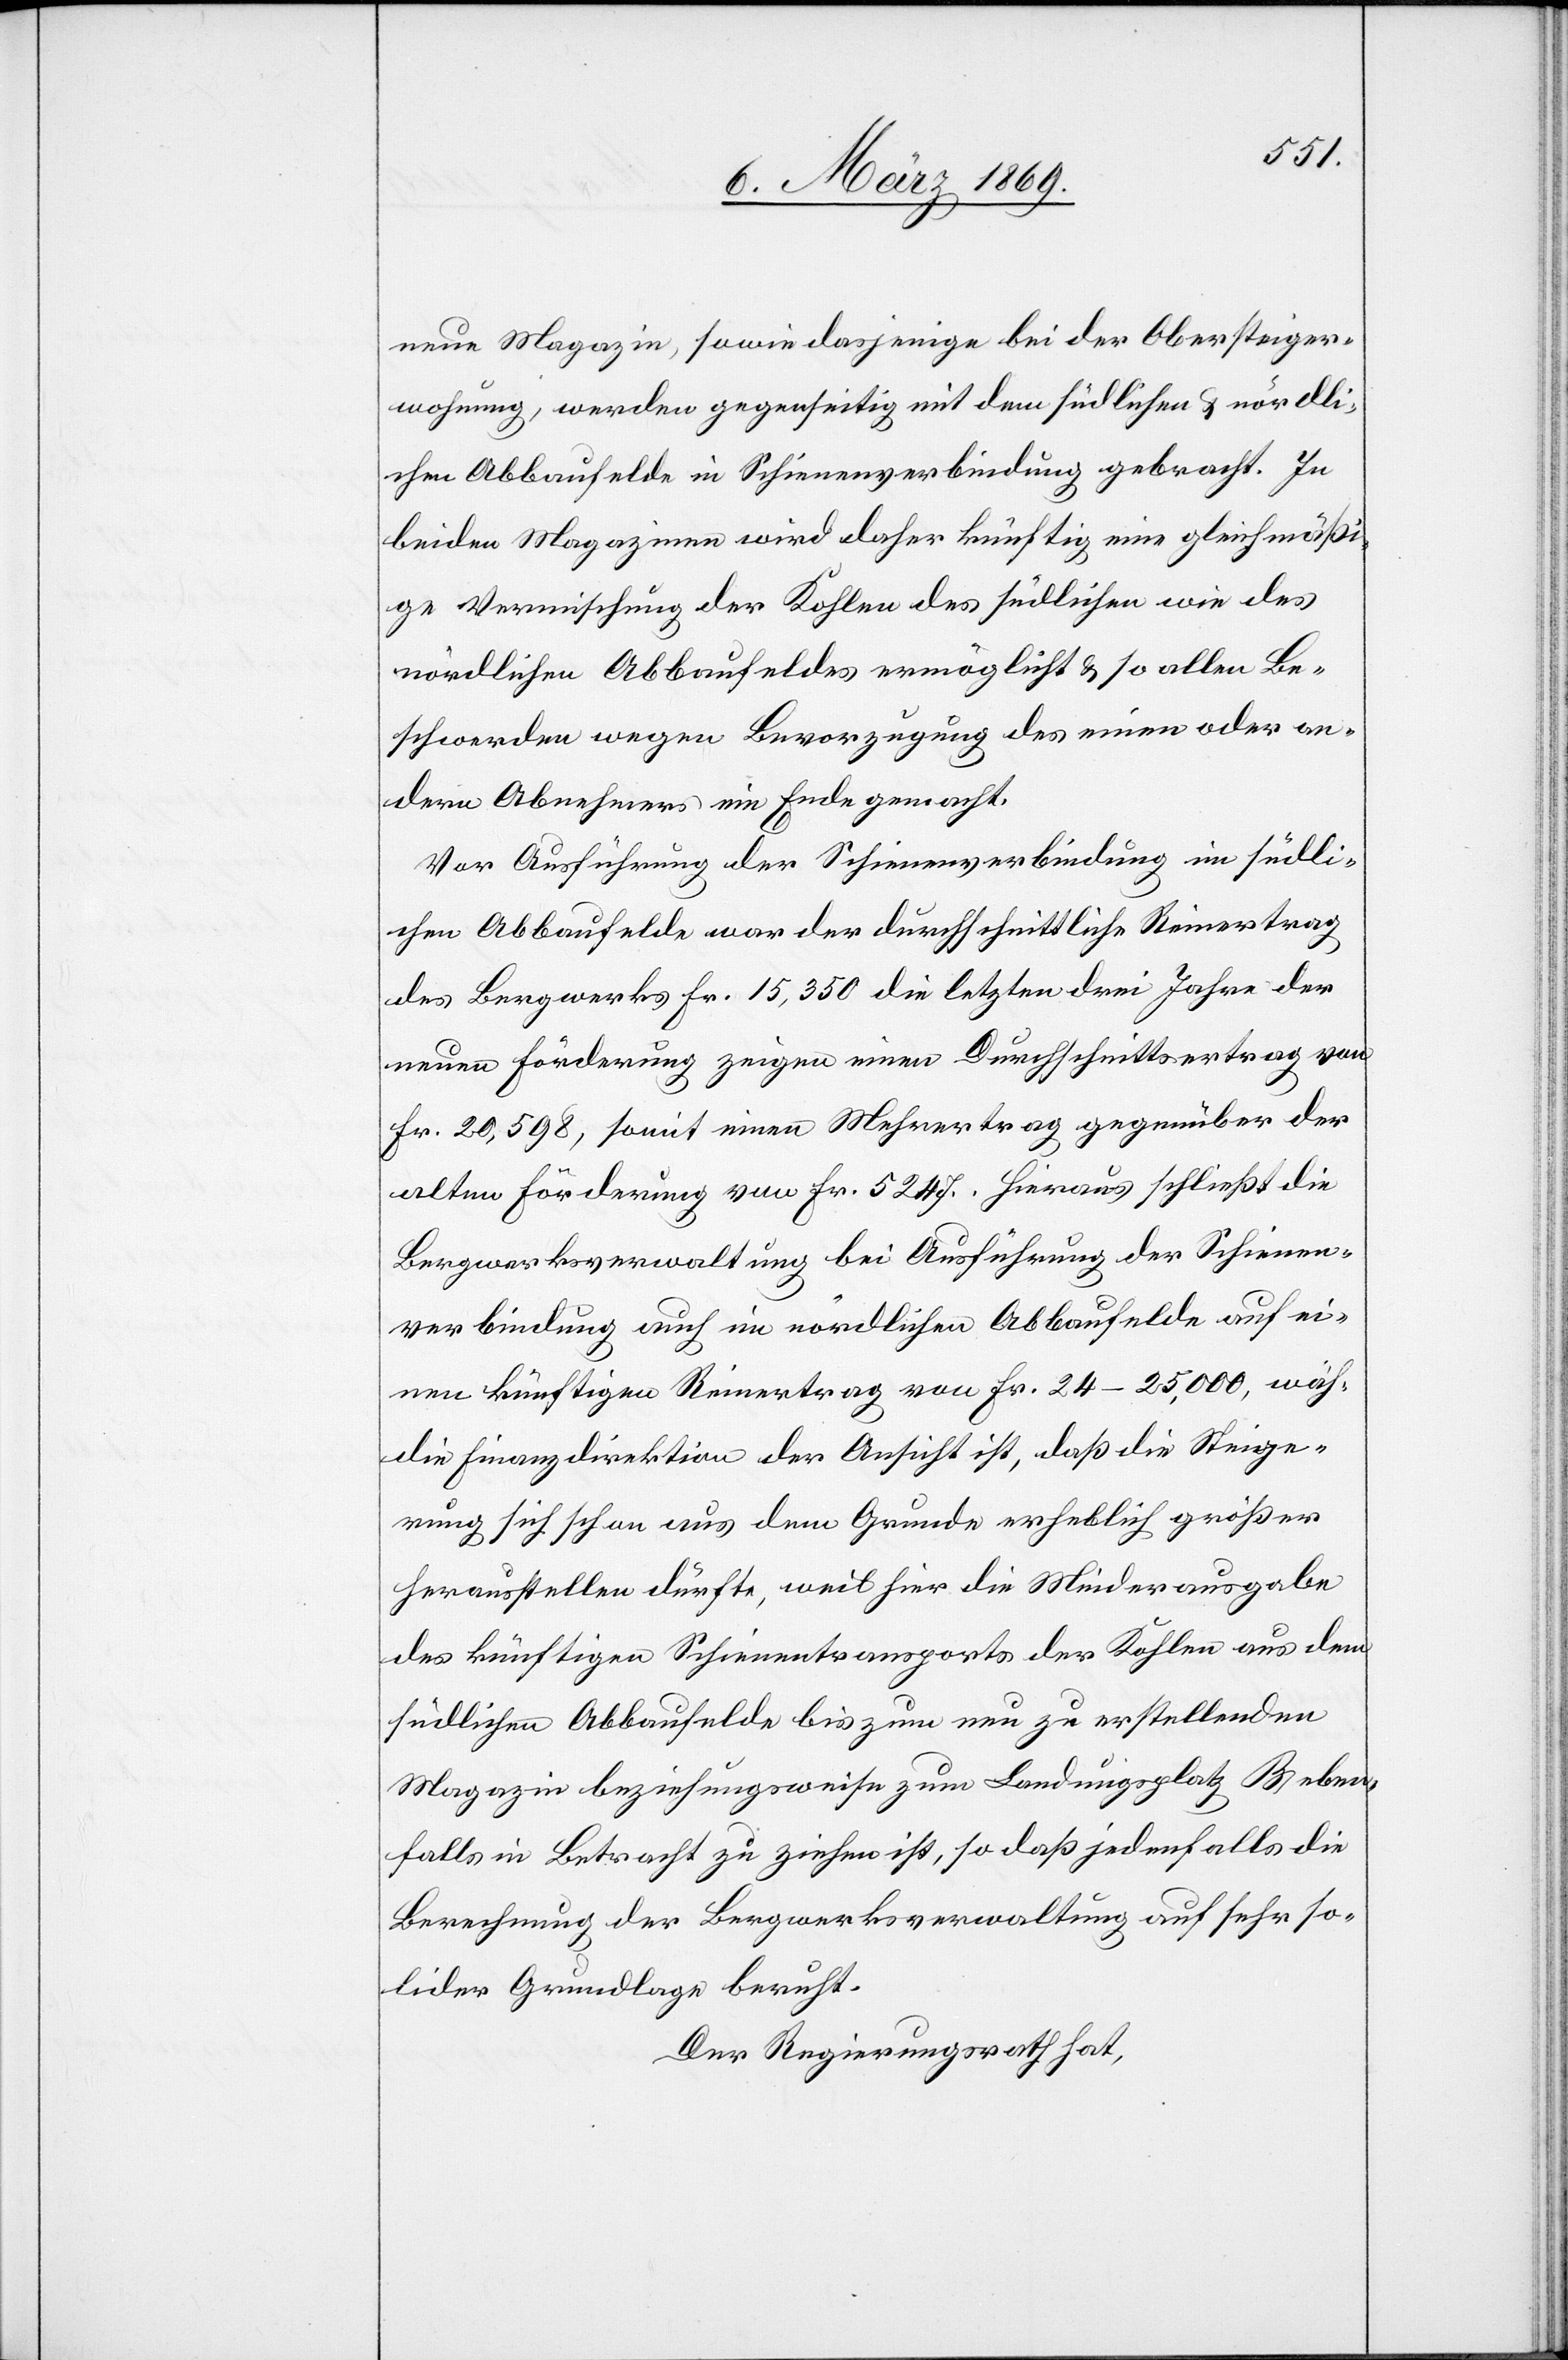
end]
neue Magazin, sowie dasjenige bei der Obersteiger¬
wohnung, werden gegenseitig mit dem südlichen & nördl¬
ichen Abbaufelde in Schienenverbindung gebracht. In
beiden Magazinen wird daher künftig eine gleichmäßi¬
ge Vermischung der Kohlen des südlichen wie des
nördlichen Abbaufeldes ermöglicht & so allen Be¬
schwerden wegen Bevorzugung des einen oder an¬
dern Abnehmers ein Ende gemacht.
Vor Ausführung der Schienenverbindung im südl¬
ichen Abbaufelde war der durchschnittliche Reinertrag
des Bergwerks Fr. 15,350 die letzten drei Jahre der
neuen Förderung zeigen einen Durchschnittsertrag von
Fr. 20,598, somit einen Mehrertrag gegenüber der
alten Förderung von Fr. 5247. Hieraus schließt die
Bergwerksverwaltung bei Ausführung der Schienen¬
verbindung auch im nördlichen Abbaufelde auf ei¬
nen künftigen Reinertrag von Fr. 24–25,000, wäh[r¬
die Finanzdirektion der Ansicht ist, daß die Steige¬
rung sich schon aus dem Grunde erheblich größer
herausstellen dürfte, weil für die Minderausgabe
des künftigen Schienentransports der Kohlen aus dem
südlichen Abbaufelde bis zum neu zu erstellenden
Magazin beziehungsweise zum Landungsplatz B eben¬
falls in Betracht zu ziehen ist, so daß jedenfalls die
Berechnung der Bergwerksverwaltung auf sehr so¬
lider Grundlage beruht.
Der Regierungsrath hat,